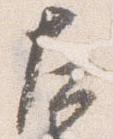
左